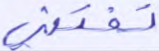
تفتني